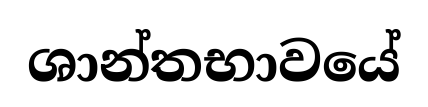
ශාන්තභාවයේ